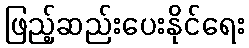
ဖြည့်ဆည်းပေးနိုင်ရေး